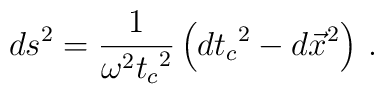
ds^{2}=\frac{1}{\omega^2 {t_c}^2}\left({dt_c}^{2}-d\vec{x}^2\right)\,.